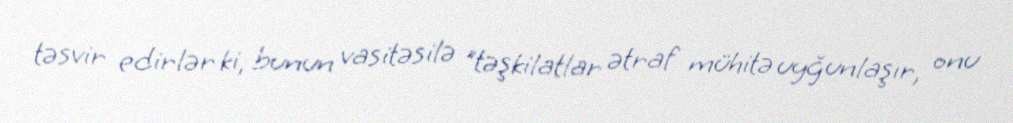
təsvir edirlər ki, bunun vasitəsilə "təşkilatlar ətraf mühitə uyğunlaşır, onu